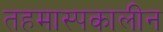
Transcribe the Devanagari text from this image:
तहमास्पकालीन